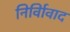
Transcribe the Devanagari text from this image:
निर्विावाद